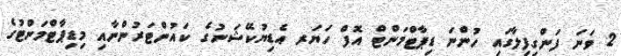
2 ވަނަ ފަންގިފިލާގައި ހުންނަ ޑިޕާޓްމަންޓް އޮފް ހަޔަރ އެޑިޔުކޭޝަނުގެ ކައުންޓަރުންނާއި މިޑިޕާޓްމަންޓުގެ